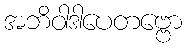
အဘိဝါဒါပေတဗ္ဗော